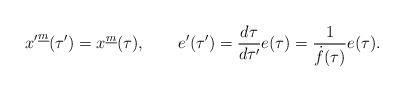
LaTeX: \begin{align*}{x'}^{\underline m}(\tau')=x^{\underline m}(\tau), \qquad e'(\tau')={d\tau\over{d\tau'}}e(\tau)={1\over{\dot f(\tau)}}e(\tau).\end{align*}